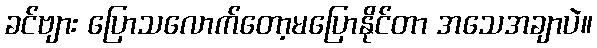
ခင်ဗျား ပြောသလောက်တော့မပြောနိုင်တာ အသေအချာပဲ။